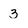
Character: 3